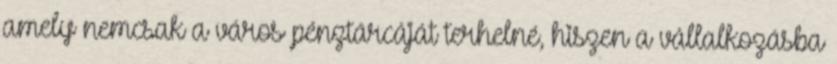
amely nemcsak a város pénztárcáját terhelné, hiszen a vállalkozásba